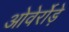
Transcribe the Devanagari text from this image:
ओवेर्रोड़े